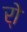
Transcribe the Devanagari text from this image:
र्‍ाे